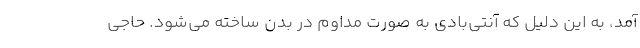
آمد، به این دلیل که آنتی‌بادی به صورت مداوم در بدن ساخته می‌شود. حاجی